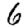
Digit: 6